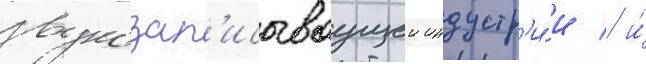
звукозап'исываущеи индустр'и́и / и́